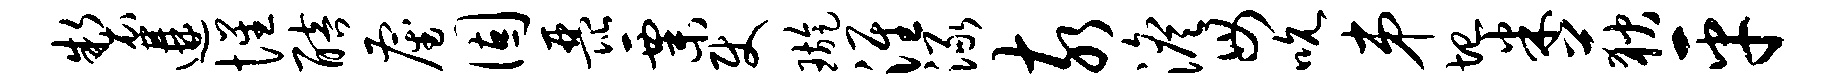
制遘惺醅雇固琵粟使璇淮渌亥澹毋吮弟圮米荻平